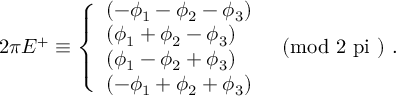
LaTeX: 2 \pi E ^ { + } \equiv \left\{ \begin{array} { l } { { ( - \phi _ { 1 } - \phi _ { 2 } - \phi _ { 3 } ) } } \\ { { ( \phi _ { 1 } + \phi _ { 2 } - \phi _ { 3 } ) } } \\ { { ( \phi _ { 1 } - \phi _ { 2 } + \phi _ { 3 } ) } } \\ { { ( - \phi _ { 1 } + \phi _ { 2 } + \phi _ { 3 } ) } } \end{array} \quad \mathrm { ( m o d ~ 2 \ p i ~ ) } ~ . \right.